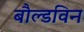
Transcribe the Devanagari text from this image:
बौल्डविन